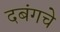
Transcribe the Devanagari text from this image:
दबंगचे